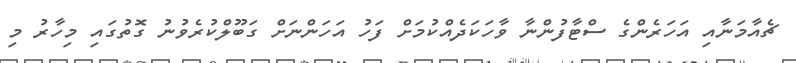
ޗެއާމަނާއި އަހަރެންގެ ސްޓާފުންނާ ވާހަކަދެއްކުމަށް ފަހު އަހަންނަށް ގަބޫލްކުރެވުނު ގޮތުގައި މިހާރު މި